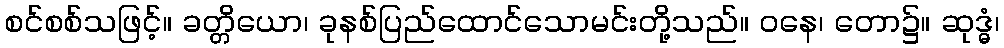
စင်စစ်သဖြင့်။ ခတ္တိယော၊ ခုနစ်ပြည်ထောင်သောမင်းတို့သည်။ ဝနေ၊ တော၌။ ဆုဒ္ဓံ၊